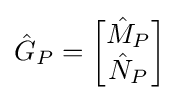
{\hat {G}}_{P}={\begin{bmatrix}{\hat {M}}_{P}\\{\hat {N}}_{P}\end{bmatrix}}